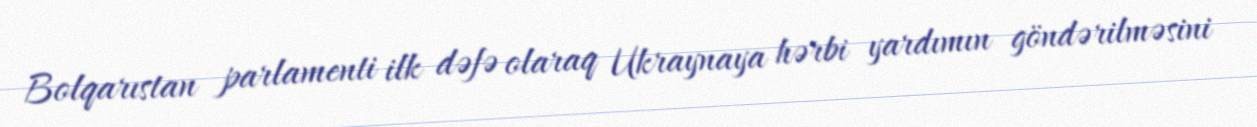
Bolqarıstan parlamenti ilk dəfə olaraq Ukraynaya hərbi yardımın göndərilməsini